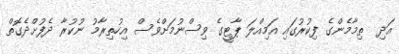
އަދި  ތިމާމެންގެ ފިކުރުގައި އަމިއްލަ ޕާޓީގެ ވިސްނުމަށްވެސް އިހުތިރާމު ނުކުރާ ދެފުށްދެގޮތް